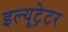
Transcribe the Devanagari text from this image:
इल्यूट्रेटर